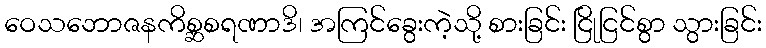
ဝေသဘောဇနကိစ္ဆစရဏာဒိ၊ အကြင်ခွေးကဲ့သို့ စားခြင်း ငြိုငြင်စွာ သွားခြင်း